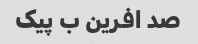
صد افرین ب پیک